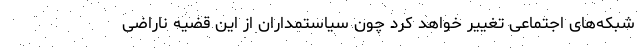
شبکه‌های اجتماعی تغییر خواهد کرد چون سیاستمداران از این قضیه ناراضی